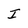
Character: I